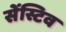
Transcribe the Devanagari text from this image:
सेंस्टिव